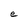
Character: e